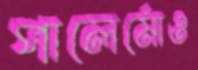
পালের্মোও